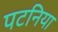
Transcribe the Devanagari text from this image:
पटनिया